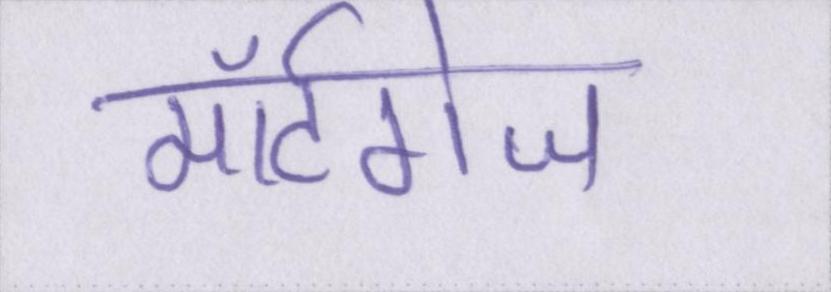
मॉर्टगेज